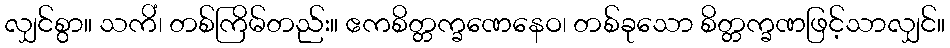
လျှင်စွာ။ သကိံ၊ တစ်ကြိမ်တည်း။ ဧကစိတ္တက္ခဏေနေဝ၊ တစ်ခုသော စိတ္တက္ခဏဖြင့်သာလျှင်။